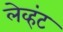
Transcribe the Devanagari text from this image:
लेव्हंट